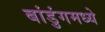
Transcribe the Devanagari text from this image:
बांडुंगमध्ये